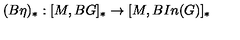
( B \eta ) _ { \ast } : [ M , B G ] _ { \ast } \rightarrow [ M , B I n ( G ) ] _ { \ast }